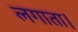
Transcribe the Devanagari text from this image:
लगाता।